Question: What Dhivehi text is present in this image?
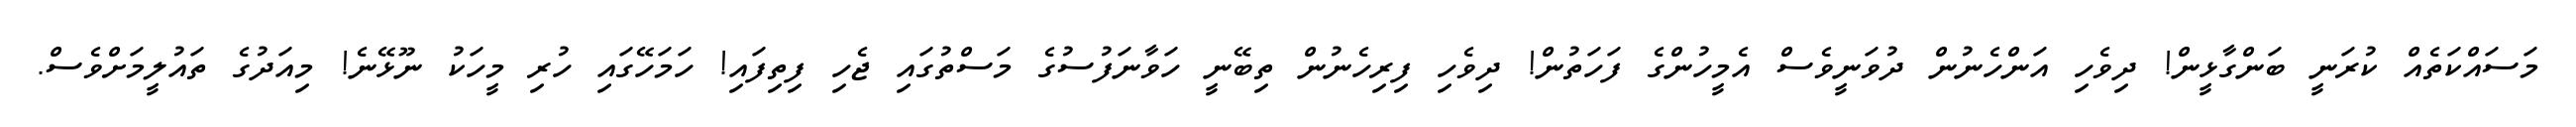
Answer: މަސައްކަތެއް ކުރަނީ ބަންގާޅީން! ދިވެހި އަންހެނުން ދުވަނީވެސް އެމީހުންގެ ފަހަތުން! ދިވެހި ފިރިހެނުން ތިބޭނީ ހަވާނަފުސުގެ މަސްތުގައި ޖެހި ފިތިފައި! ހަމަހޭގައި ހުރި މީހަކު ނޫޅޭނެ! މިއަދުގެ ތައުލީމަށްވެސް.